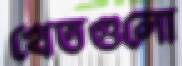
খেতগুলো